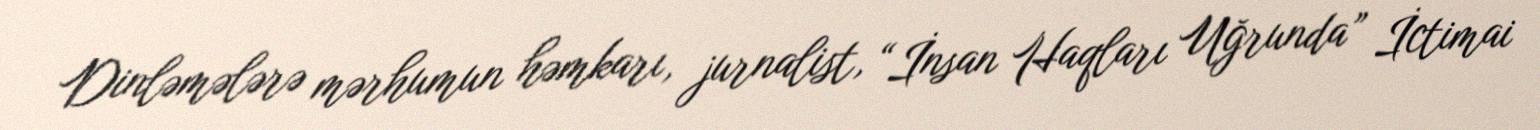
Dinləmələrə mərhumun həmkarı, jurnalist, “İnsan Haqları Uğrunda” İctimai